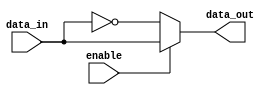
module active_low_buffer(
    input data_in,
    input enable,
    output reg data_out
);

always @(*) begin
    if(enable == 0)
        data_out <= ~data_in;
    else
        data_out <= data_in;
end

endmodule